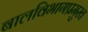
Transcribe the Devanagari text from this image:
बालविभागप्रमुख